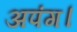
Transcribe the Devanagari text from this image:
अपंग।